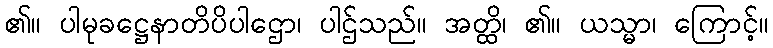
၏။ ပါမုခဋ္ဌေနာတိပိပါဌော၊ ပါဌ်သည်။ အတ္ထိ၊ ၏။ ယသ္မာ၊ ကြောင့်။